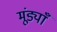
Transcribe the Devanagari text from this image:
मूंड्याँ